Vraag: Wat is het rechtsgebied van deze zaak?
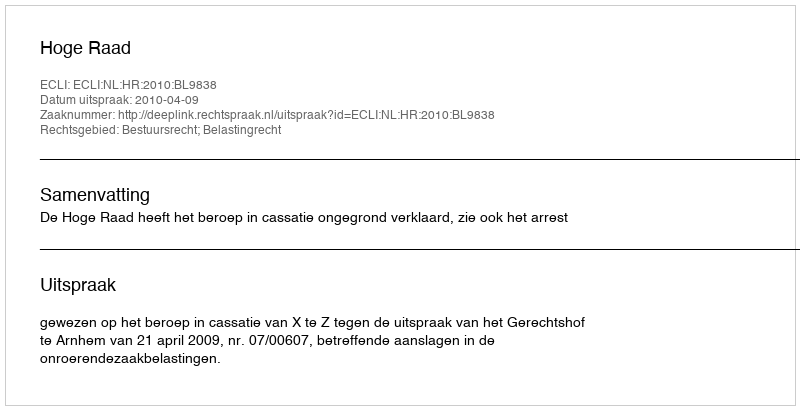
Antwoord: Bestuursrecht; Belastingrecht